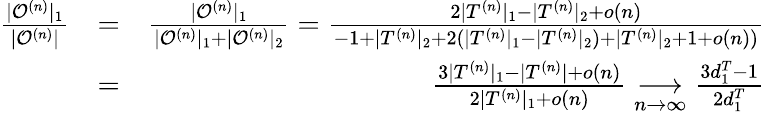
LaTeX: \begin{array}{rlr}{\frac{|\mathcal{O}^{(n)}|_{1}}{|\mathcal{O}^{(n)}|}}&{=}&{\frac{|\mathcal{O}^{(n)}|_{1}}{|\mathcal{O}^{(n)}|_{1}+|\mathcal{O}^{(n)}|_{2}}=\frac{2|T^{(n)}|_{1}-|T^{(n)}|_{2}+o(n)}{-1+|T^{(n)}|_{2}+2(|T^{(n)}|_{1}-|T^{(n)}|_{2})+|T^{(n)}|_{2}+1+o(n))}}\\ &{=}&{\frac{3|T^{(n)}|_{1}-|T^{(n)}|+o(n)}{2|T^{(n)}|_{1}+o(n)}\underset{n\to\infty}\longrightarrow\frac{3d_{1}^{T}-1}{2d_{1}^{T}}}\end{array}